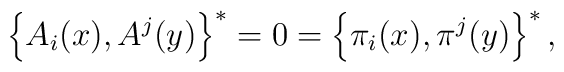
\left\{ A_{i}(x),A^{j}(y)\right\} ^{*}=0=\left\{ \pi _{i}(x),\pi^{j}(y)\right\} ^{*},